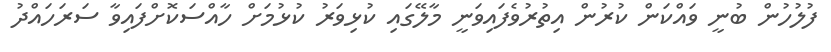
ފުލުހުން ބުނީ ވައްކަން ކުރުން އިތުރުވެފައިވަނީ މާލޭގައި ކުޅިވަރު ކުޅުމަށް ހާއްސަކޮށްފައިވާ ސަރަހައްދު